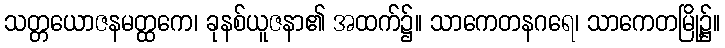
သတ္တယောဇနမတ္ထကေ၊ ခုနစ်ယူဇနာ၏ အထက်၌။ သာကေတနဂရေ၊ သာကေတမြို့၌။